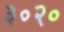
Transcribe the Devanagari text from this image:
३०२०